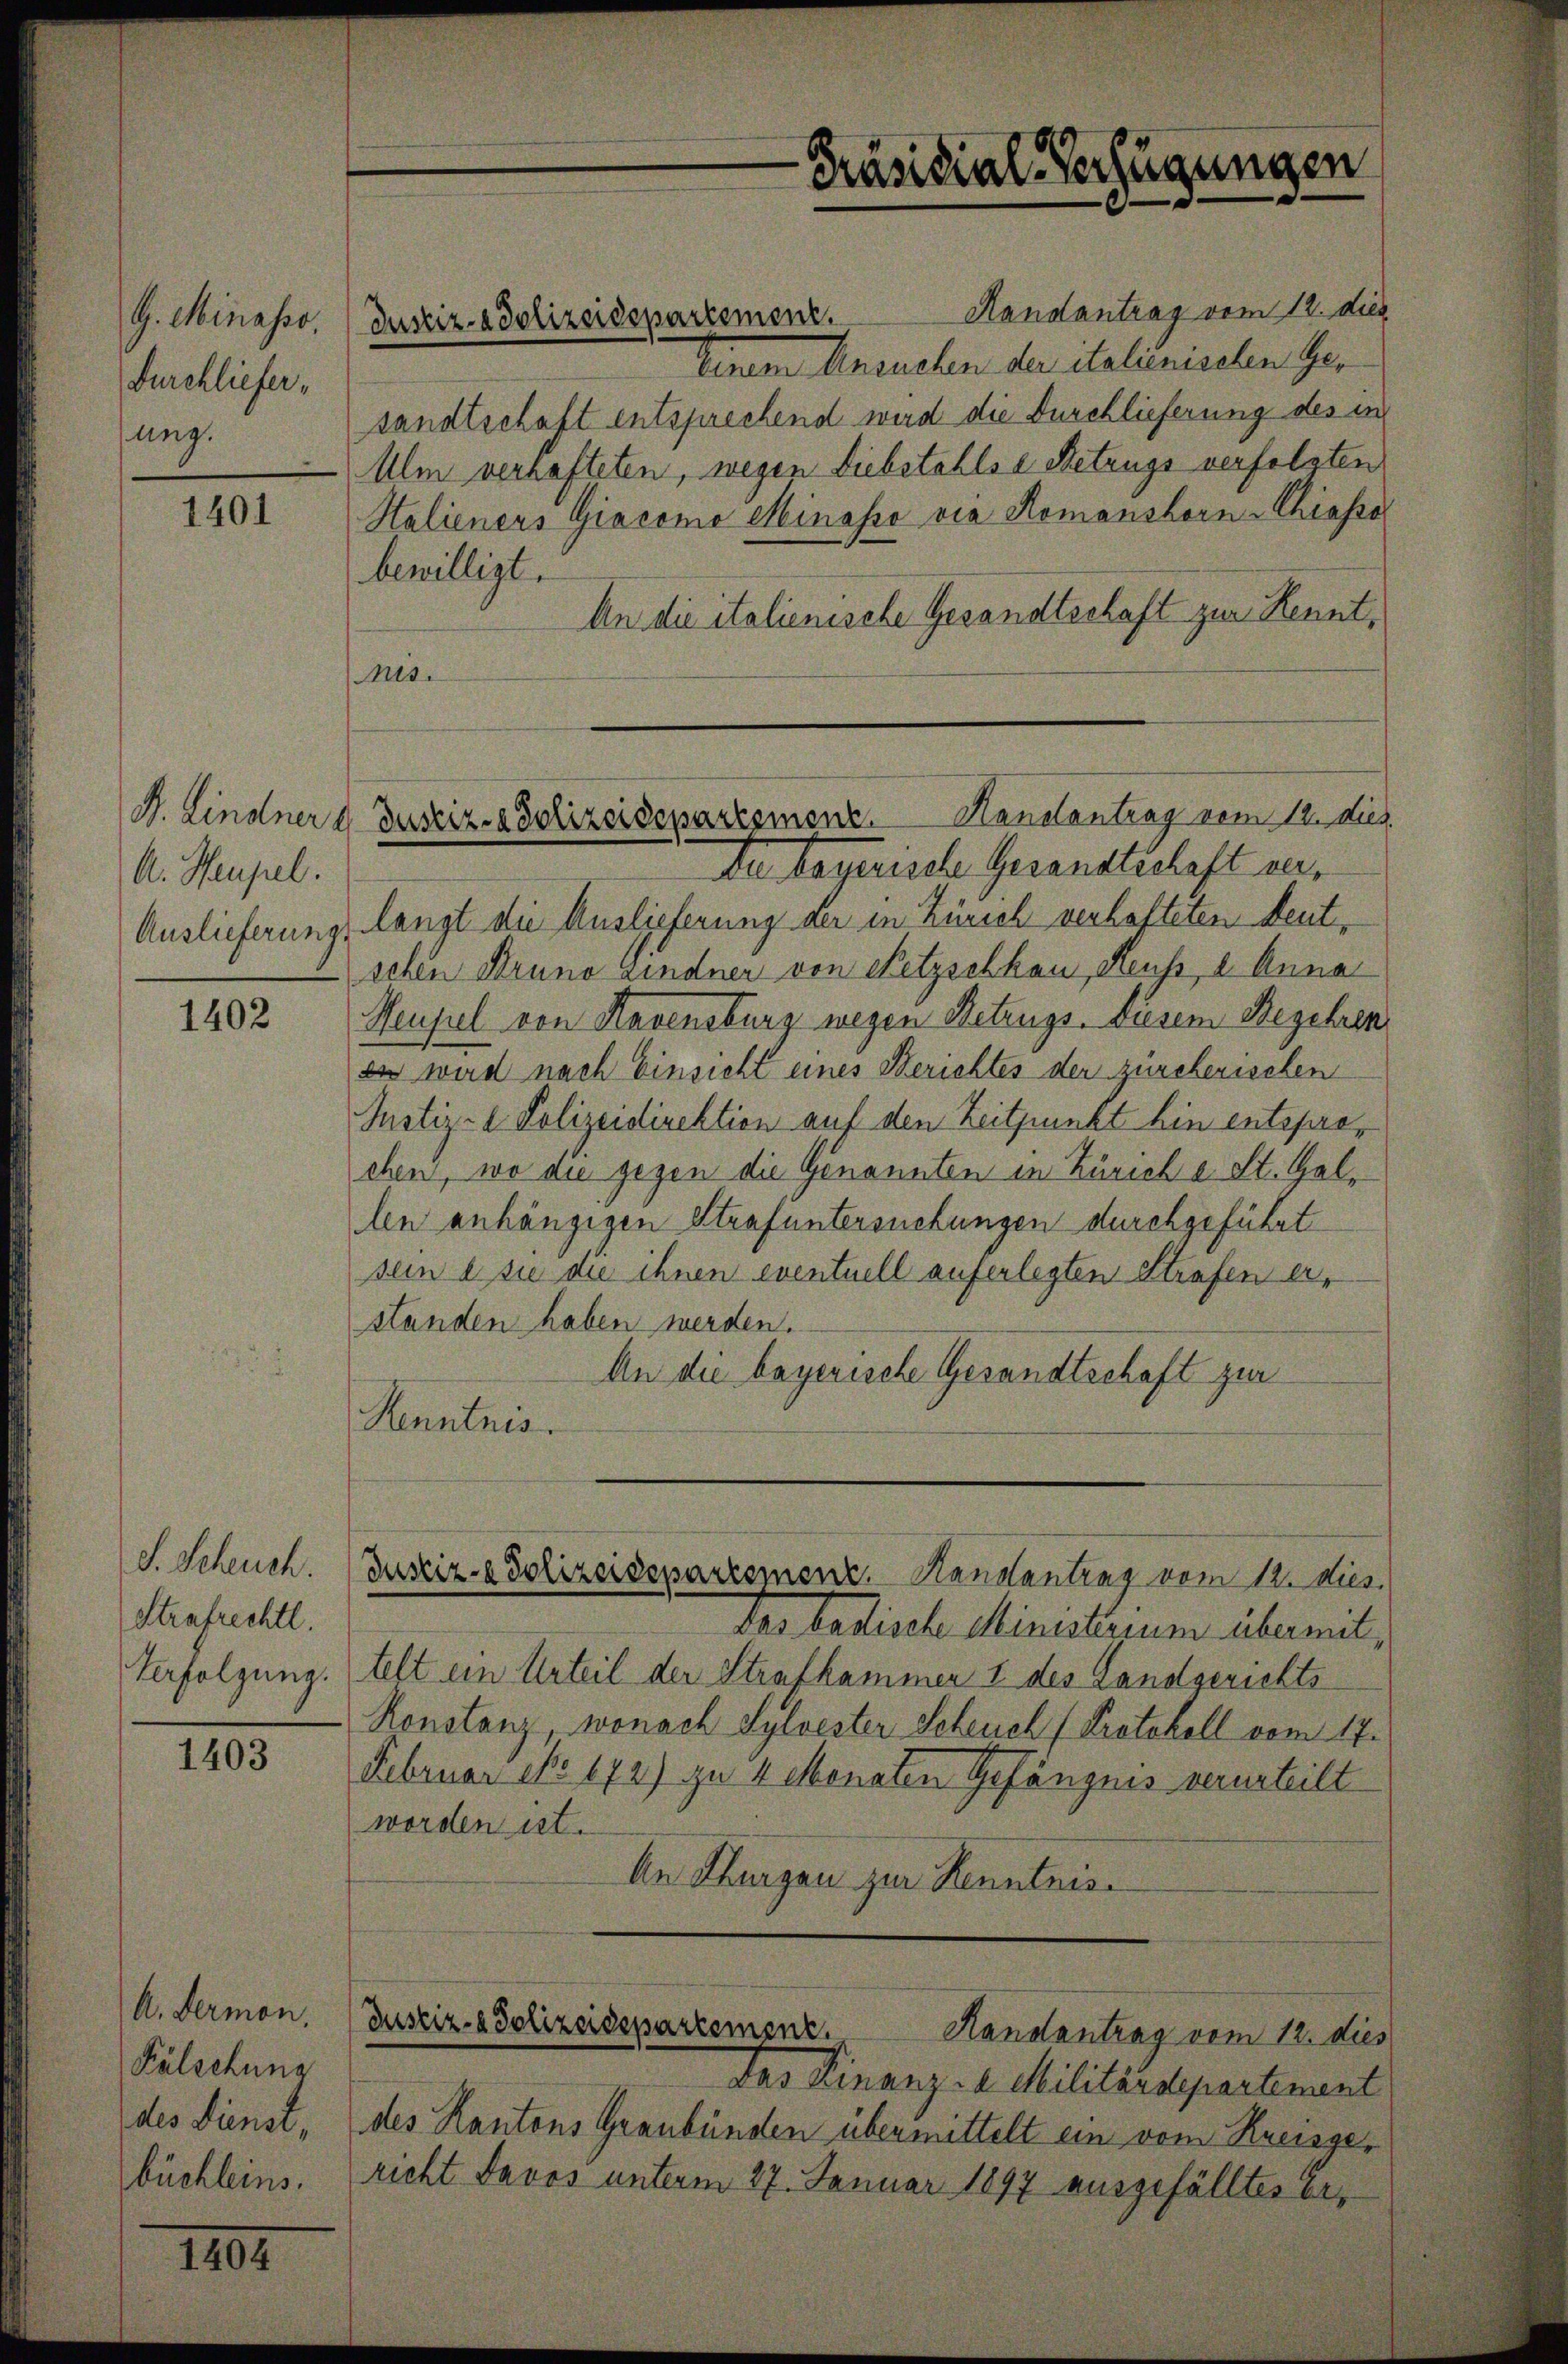
G. Minasso.
Durchliefer,
sung.

1401

A. Heupel.

1402

S. Schuch.
Strafrechtl.
Verfolgung.

1403

A. Dermon,
Fälschung
des Dienst,
büchleins.

1807.

Justiz- & Polizeidepartement. Handantrag vom 12. dies
linten Ansuchen der Salienischen Ger
sandtschaft entsprechend wird die Durchlieferung des in
Ulm verhafteten, wegen Diebstahls Betrugs verfolgten
Htalieners Giacome Minasse vie Romanshorn-Chiasso
bewilligt.
An die italienische Gesandteshaft zur Kennt,
Mis.
Da begerische Gesandtschaft ver¬
Auslieferungs langt die Auslieferung der in Zürich verhafteten deutschen Bruno sindner von Netzschkau, Reuss, u. Anna
Meujel von Havensburg wegen Betrugs. Diesem Begehren
es wird nach Einsicht eines Berichtes der zürcherischen
Justiz- & Polizeidirektion auf den Zeitpunkt hin entsprechen, wo die gegen die Genannten in Zürich u. St. Gallen anhängigen Strafuntersuchungen durchgeführt
sein sie die ihnen eventuell auferlegten Strafen erständen haben werden.
An die bayerische Gesandtschaft zur
Kenntnis.

Präsidial-Verfügungen

J. Lindner d. Justiz- & Polizeidepartsmenz. Hanstantrag vom 14. dies.

Justiz- & Polizeidepartement. Handantrag vom 12. dies.

Das badische Ministerium übermittelt ein Urteil der Strafkammer 1 des Landgerichts
Konstanz, wonach Sylvester Scheuch (Protokoll vom 17.
Februar No. 172) zu 4 Monaten Gefängnis verurteilt
worden ist.
An Thurgau zur Kenntnis
Justiz- & Polizeidepartement.
Handantrag vom 12. dies
Das Finanz- u. Militärdepartement
des Kantons Graubünden übermittelt ein vom Kreisgericht Davos unterm 27. Januar 1897 ausgefälltes er¬